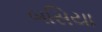
બસિયા